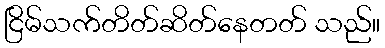
ငြိမ်သက်တိတ်ဆိတ်နေတတ် သည်။